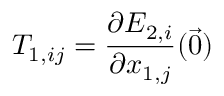
T _ { 1 , i j } = \frac { \partial E _ { 2 , i } } { \partial x _ { 1 , j } } ( \vec { 0 } )